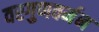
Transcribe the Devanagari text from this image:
वरगुणवर्मन